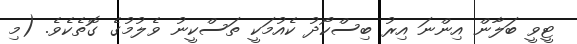
ޓީވީ ބަލާން އިންނަ އިރު ބިސްކޯދު ކެއުމަކީ ތަސްކީނު ވެލުމުގެ ގޮތެކެވެ. (މި